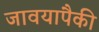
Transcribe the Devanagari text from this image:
जावयापैकी